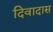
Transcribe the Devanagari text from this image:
दिवादास